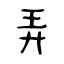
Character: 弄